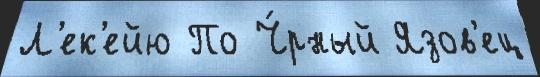
Л'ек'ейю По Ч́рный Язов'ец